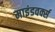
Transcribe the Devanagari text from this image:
माइंडवर्क्स